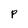
Character: P